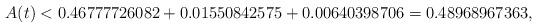
LaTeX: \begin{align*}A(t) < 0.46777726082 + 0.01550842575 + 0.00640398706 = 0.48968967363 , \end{align*}